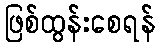
ဖြစ်ထွန်းစေရန်